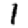
Digit: 1